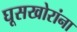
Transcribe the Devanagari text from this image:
घूसखोरांना